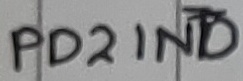
Text: PD2INT0